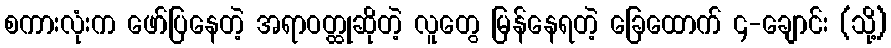
စကားလုံးက ဖော်ပြနေတဲ့ အရာဝတ္ထုဆိုတဲ့ လူတွေ မြန်နေရတဲ့ ခြေထောက် ၄-ချောင်း (သို့)